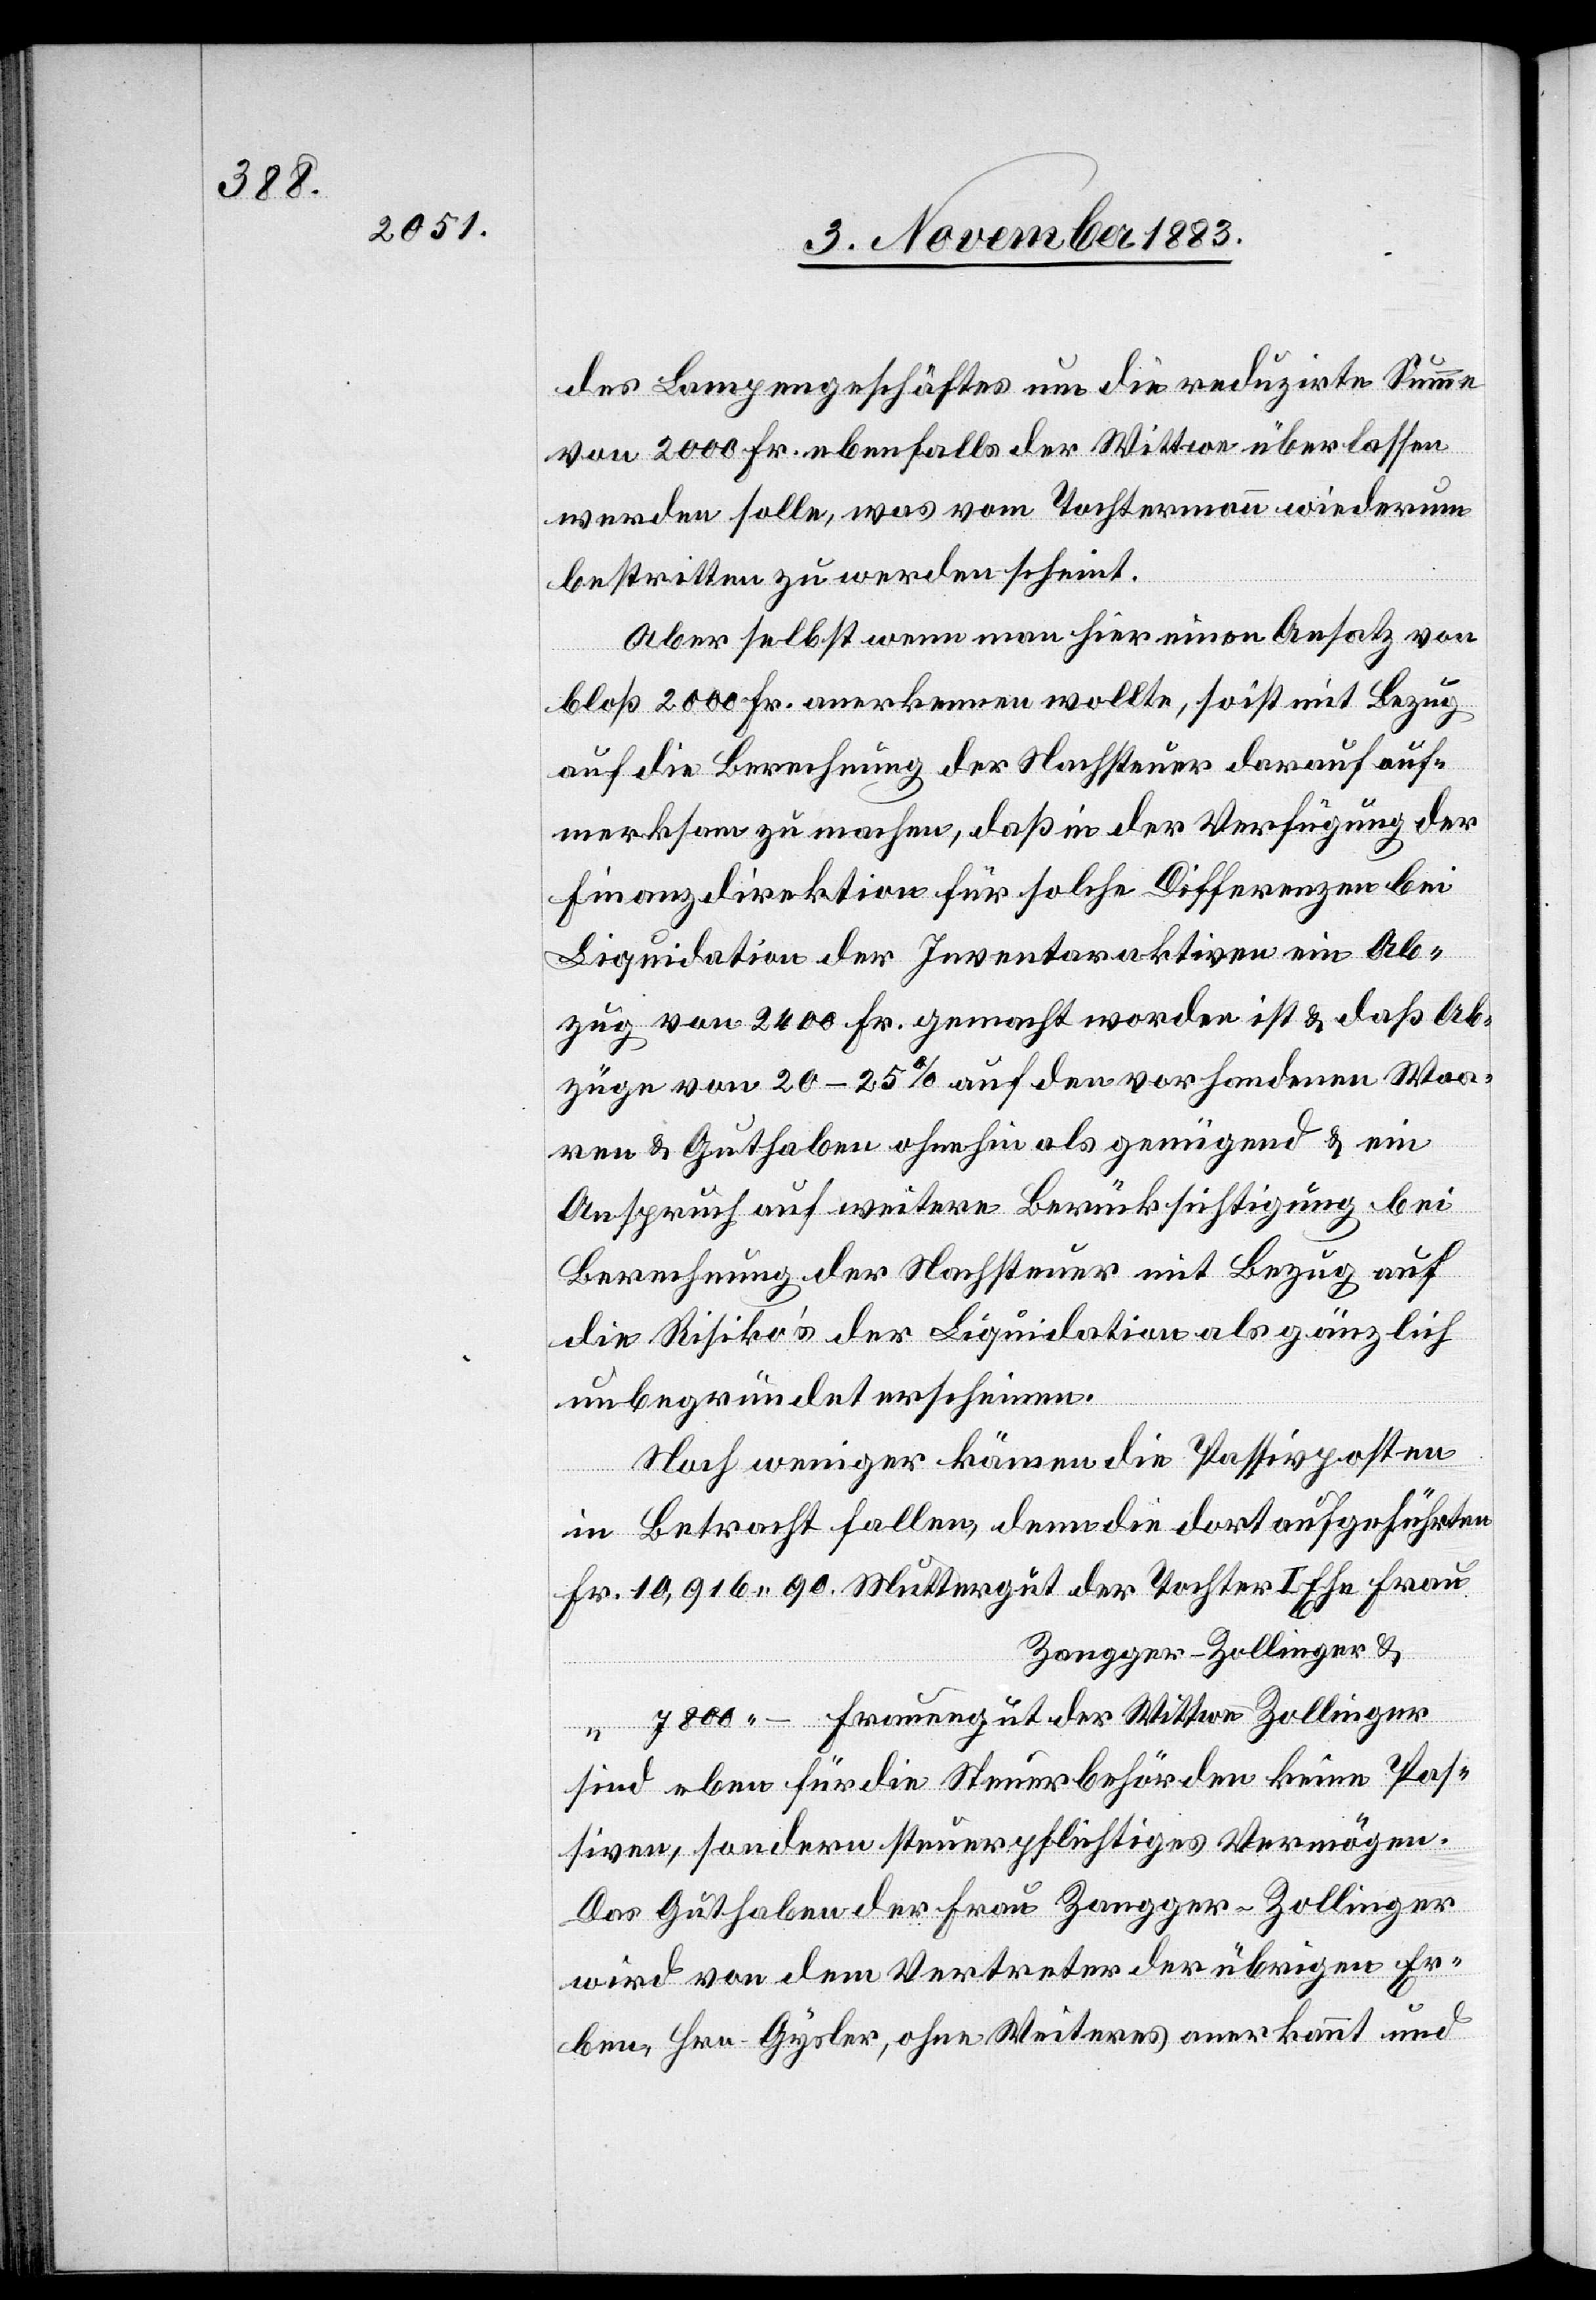
des Lampengeschäftes um die reduzirte Summe
von 2000 Fr. ebenfalls der Wittwe überlassen
werden solle, was vom Tochtermann wiederum
bestritten zu werden scheint.
Aber selbst wenn man hier einen Ansatz von
bloß 2000 Fr. anerkennen wollte, so ist mit Bezug
auf die Berechnung der Nachsteuer darauf auf¬
merksam zu machen, daß in der Verfügung der
Finanzdirektion für solche Differenzen bei
Liquidation der Inventaraktiven ein Ab¬
zug von 2400 Fr. gemacht worden ist & daß Ab¬
züge von 20–25% auf den vorhandenen Waa¬
ren & Guthaben ohne hin als genügend & ein
Anspruch auf weitere Berücksichtigung bei
Berechnung der Nachsteuer mit Bezug auf
die Risiko’s der Liquidation als gänzlich
unbegründet erscheine.
in Betracht fallen, denn die dort angeführten
Fr. 10,916 90. Muttergut der Tochter I. Ehe Frau
Zangger-Zollinger &
“
7800 – Frauengut der Wittwe Zollinger
weniger kämen
sind eben für die Steuerbehörden keine Pas¬
siven, sondern steuerpflichtiges Vermögen.
Das Guthaben der Frau Zangger-Zollinger
wird von dem Vertreter der übrigen Er¬
ben Hrn. Gysler, ohne Weiteres anerkannt und